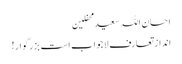
احسان اللہ سعید محفلین
انداز تعارف لاجواب است بزرگوار!